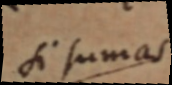
si sumas